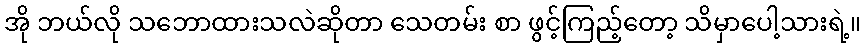
အို ဘယ်လို သဘောထားသလဲဆိုတာ သေတမ်း စာ ဖွင့်ကြည့်တော့ သိမှာပေါ့သားရဲ့။